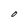
Character: O